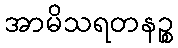
အာမိသရတနဉ္စ